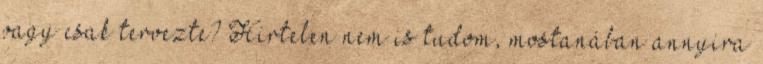
vagy csak tervezte? Hirtelen nem is tudom, mostanában annyira